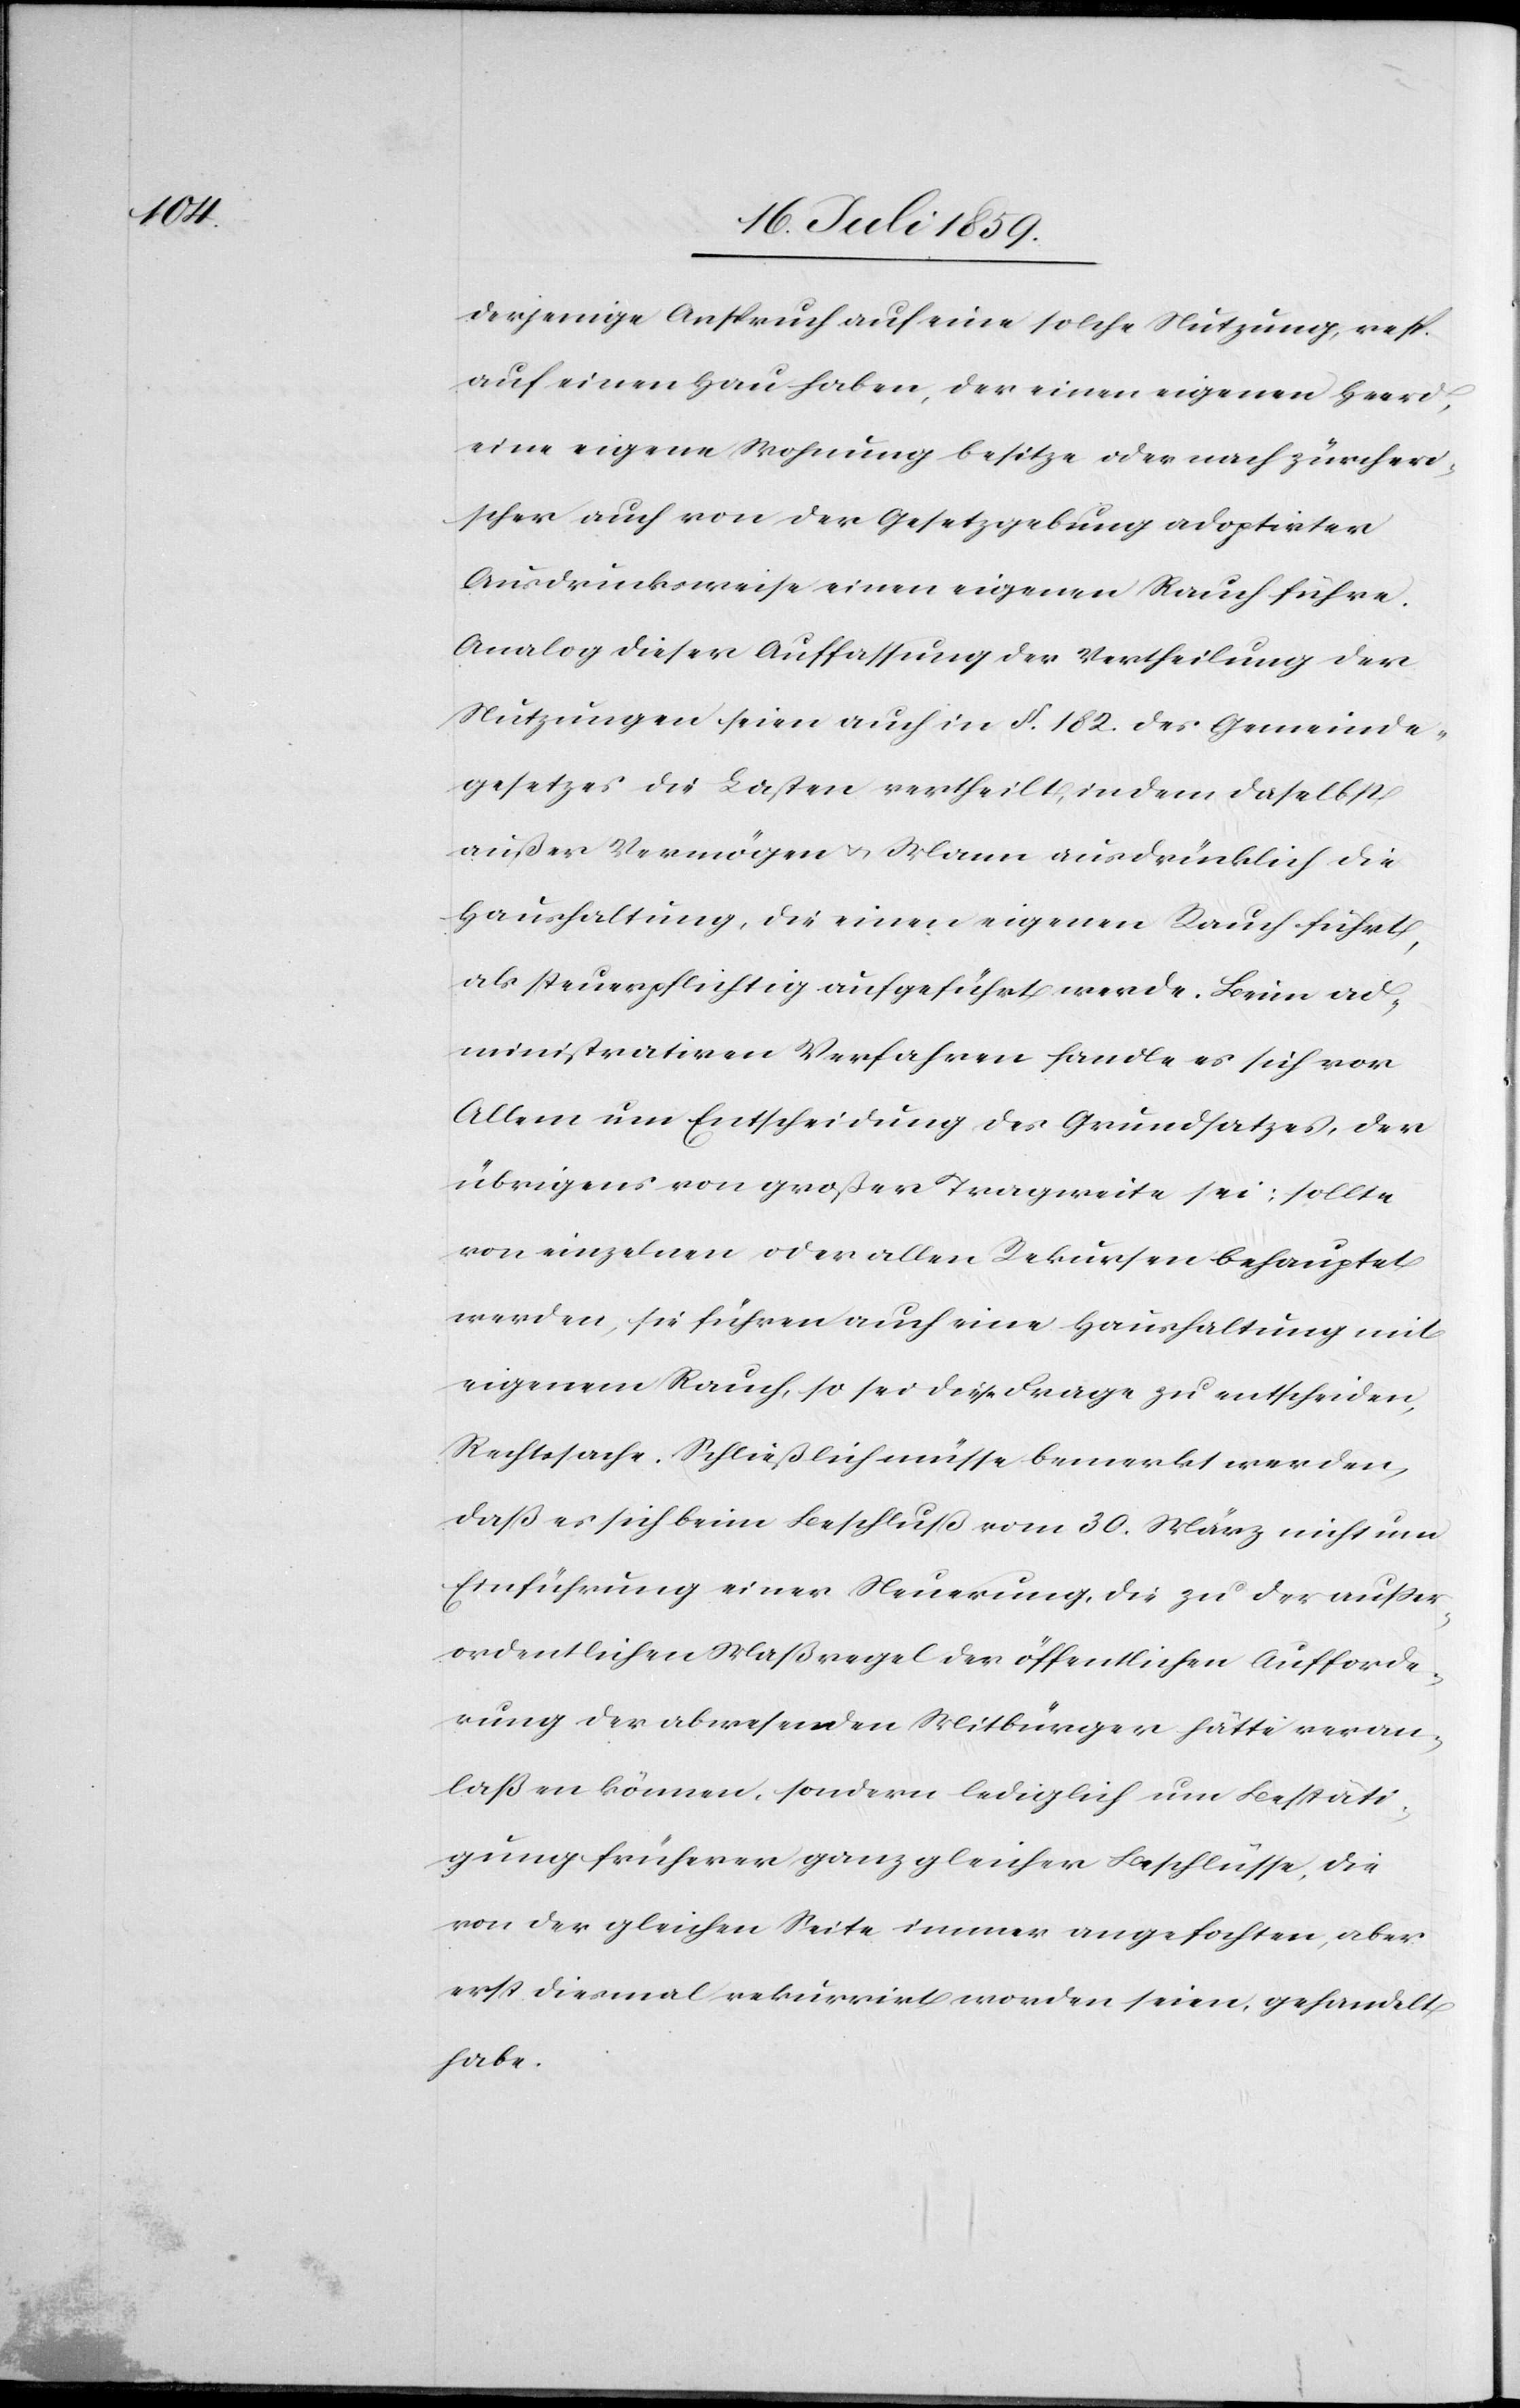
derjenige Anspruch auf eine solche Nutzung, resp.
auf einen Hau haben, der einen eigenen Heerd,
eine eigene Wohnung besitze oder nach zürcheri¬
scher auch von der Gesetzgebung adoptirter
Ausdrucksweise einen eigenen Rauch führe.
Analog dieser Auffassung der Vertheilung der
Nutzungen seien auch in § 182. des Gemeinde¬
gesetzes die Lasten vertheilt, indem daselbst
außer Vermögen u. Mann ausdrücklich die
Haushaltung, die einen eigenen Rauch führt,
als steuerpflichtig aufgeführt werde. Beim ad¬
ministrativen Verfahren handle es sich vor
Allem um Entscheidung des Grundsatzes, der
übrigens von großer Tragweite sei; sollte
von einzelnen oder allen Rekursen behauptet
werden, sie führen auch eine Haushaltung mit
eigenem Rauch, so sei diese Frage zu entscheiden,
Rechtssache. Schließlich müsse bemerkt werden,
daß es sich beim Beschluß vom 30. März nicht um
Einführung einer Neuerung, die zu der außer¬
ordentlichen Maßregel der öffentlichen Aufforde¬
rung der abwesenden Mitbürger hätte veran¬
laßen können, sondern lediglich um Bestäti¬
gung früherer ganz gleicher Beschlüsse, die
von der gleichen Seite immer angefochten, aber
resp. diesmal rekurrirt worden seien, gehandelt
habe.